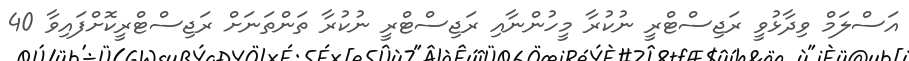
އަސްލަމް ވިދާޅުވީ ރަޖިސްޓްރީ ނުކުރާ މީހުންނާއި ރަޖިސްޓްރީ ނުކުރާ ތަންތަނަށް ރަޖިސްޓްރީކޮށްފައިވާ 40